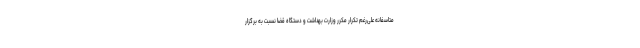
متاسفانه علی‌رغم تکرار مکرر وزارت بهداشت و دستگاه قضا نسبت به برگزار